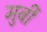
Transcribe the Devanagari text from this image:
मुर्बी